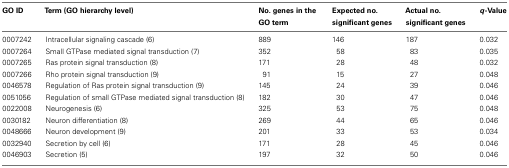
| GO ID | Term (GO hierarchy level) | No. genes in the GO term | Expected no. significant genes | Actual no. significant genes | q-Value |
 | --- | --- | --- | --- | --- | --- |
 | 0007242 | Intracellular signaling cascade (6) | 889 | 146 | 187 | 0.032 |
 | 0007264 | Small GTPase mediated signal transduction (7) | 352 | 58 | 83 | 0.035 |
 | 0007265 | Ras protein signal transduction (8) | 171 | 28 | 48 | 0.032 |
 | 0007266 | Rho protein signal transduction (9) | 91 | 15 | 27 | 0.048 |
 | 0046578 | Regulation of Ras protein signal transduction (9) | 145 | 24 | 39 | 0.046 |
 | 0051056 | Regulation of small GTPase mediated signal transduction (8) | 182 | 30 | 47 | 0.046 |
 | 0022008 | Neurogenesis (6) | 325 | 53 | 75 | 0.048 |
 | 0030182 | Neuron differentiation (8) | 269 | 44 | 65 | 0.046 |
 | 0048666 | Neuron development (9) | 201 | 33 | 53 | 0.034 |
 | 0032940 | Secretion by cell (6) | 171 | 28 | 45 | 0.046 |
 | 0046903 | Secretion (5) | 197 | 32 | 50 | 0.046 |